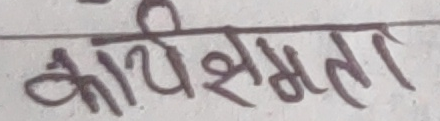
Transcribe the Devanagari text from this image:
कार्यक्षमता